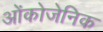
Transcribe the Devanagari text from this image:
ओंकोजेनिक